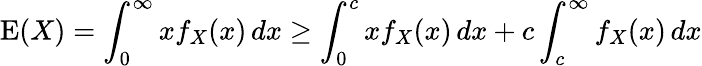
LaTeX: \operatorname{E}(X)=\int_{0}^{\infty}xf_{X}(x)\, dx\geq\int_{0}^{c}xf_{X}(x)\, dx+c\int_{c}^{\infty}f_{X}(x)\, dx